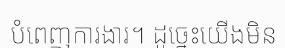
បំពេញការងារ។ ដូច្នេះយើងមិន